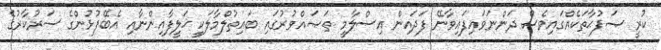
ކުރީ ޞަފުޙާތަކެއްގައިވެސް ދަންނަވައިފައިވާނޭ ފަދައިން އިސްލާމީ ތަޞައްވުރުގައި ބައިތުލްމާލަކީ ޚަލީފާއިންނާއި އެބޭފުޅުންގެ ސަރުކާރުގެ